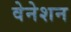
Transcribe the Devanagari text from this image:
वेनेशन